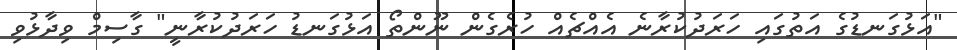
"އަޅުގަނޑުގެ އަތުގައި ހަރަދުކުރާނެ އެއްޗެއް ހުރެގެން ނޫންތޯ އަޅުގަނޑު ހަރަދުކުރާނީ" ގާސިމް ވިދާޅުވި